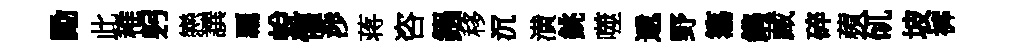
勵此稚躬戀譔覊蛻懼渉蒋咨鏹移沉潢銚噬遞野簜鐫藏碎蘋矹坡裤